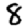
Digit: 8